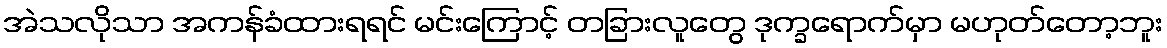
အဲသလိုသာ အကန်ခံထားရရင် မင်းကြောင့် တခြားလူတွေ ဒုက္ခရောက်မှာ မဟုတ်တော့ဘူး